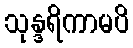
သုန္ဒရိကာမပိ